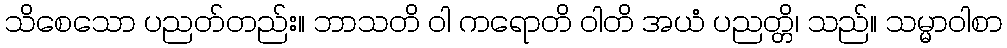
သိစေသော ပညတ်တည်း။ ဘာသတိ ဝါ ကရောတိ ဝါတိ အယံ ပညတ္တိ၊ သည်။ သမ္မာဝါစာ